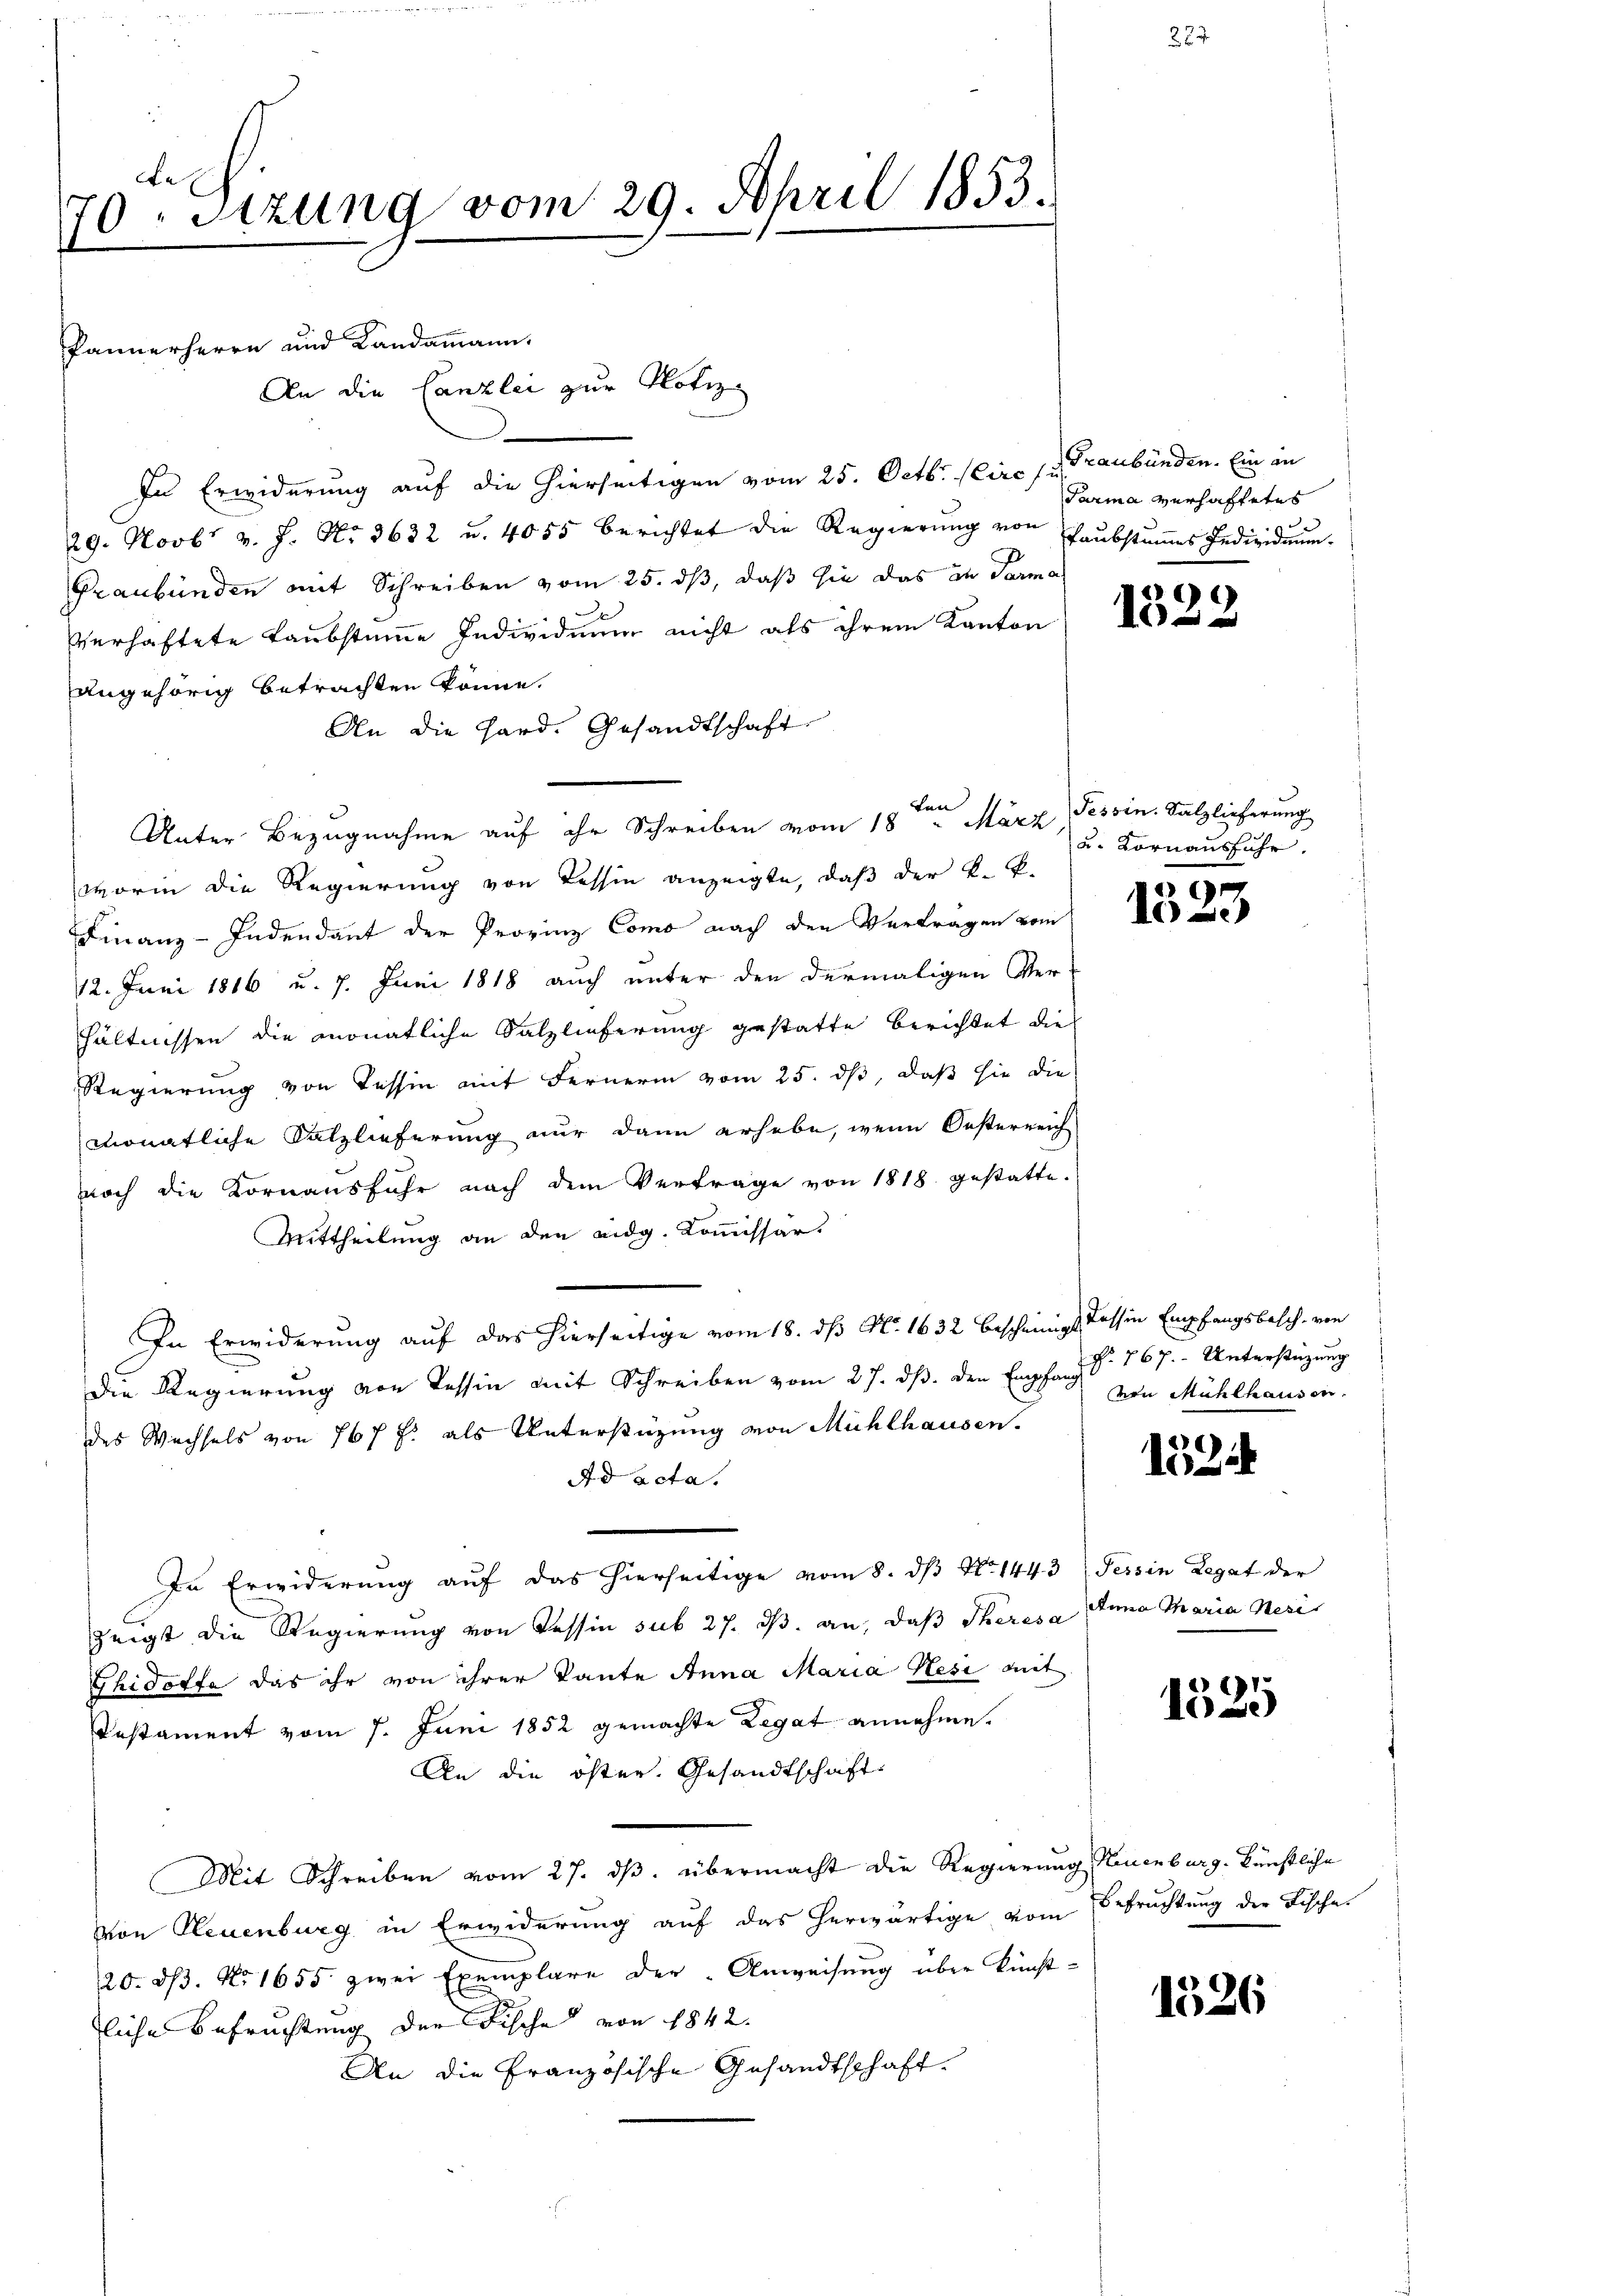
e
70. Sitzung vom 29. April 1853.

Pannerherrn und Landammann,
In Erwiderung auf die hierseitigen vom 25. Octbr. (Cire s. Graubünden. Ein in
29. Novbr. v. J. No. 3632 u. 4055 berichtet die Regierŭng von Haŭbstŭṁes Individuum.
Graubünden mit Schreiben vom 25. ds, daß sie das in Parma
verhaftete Laubstumme Individuum nicht als ihrem Kanton
angehörig betrachten könne.
An die Hard. Gesandtschaft
Unter Bezugnahme auf ihr Schreiben vom 18ten März Tessin. Salzlicherung
worin die Regierung von Tessin anzeigte, daß der K. B.
Finanz-Indendant der Provinz Como nach den Vertragen vom
12. Juni 1816 u. 7. Juni 1818 auch unter den dermaligen Ver-
hältnissen die monatliche Salzlieferung gestatte berichtet die
Regierung von Tessin mit Fernerin vom 25. dß, daß sie die
monatliche Salzlieferung nur dann erhebe, wenn Oesterreich
noch die Kornaŭsführ nach dem Vertrage von 1818 gestatte.
Mittheilung an den eidg. Kommissar.
In Erwiderung auf das hierseitige vom 18. dβ No. 1632 bescheinige Tessin Empfangsbesch von
die Regierung von Tessin mit Schreiben vom 27. ds. den Empfang
des Wechsels von 167 J. als Unterstüzung von Mühlhausen.
Ad acta.
In Erwiderung auf das hierseitige vom 8. dβ No. 1443 (Tessin Legat der
zeigt die Regierung von Tessin sub 27. ds. an, daß Theresa Anna Maria Nesi
Ghidotte das ihr von ihrer Tante Anna Maria Hesi mit
Pestament vom 7. Juni 1852 gemachte Legat annehme.
An die öster. Gesandtschaft
Mit Schreiben vom 27. dβ. übermacht die Regierung Neuenburg. künstliche
von Neuenburg in Erwiderung auf das herwärtige vom Betrachtung der Fische
20. dβ. No 1655 zwei Exemplare der Anweisung über künstliche Befruchtung der Fische von 1842.
An die Französische Gesandtschaft.

An

die Canzlei zur Notiz

Parma verhaftetes

9
1

u. Kornausfuhr.

1

N. 767. Unterstüzung
von Mühlhausen.

1524

1525

1526